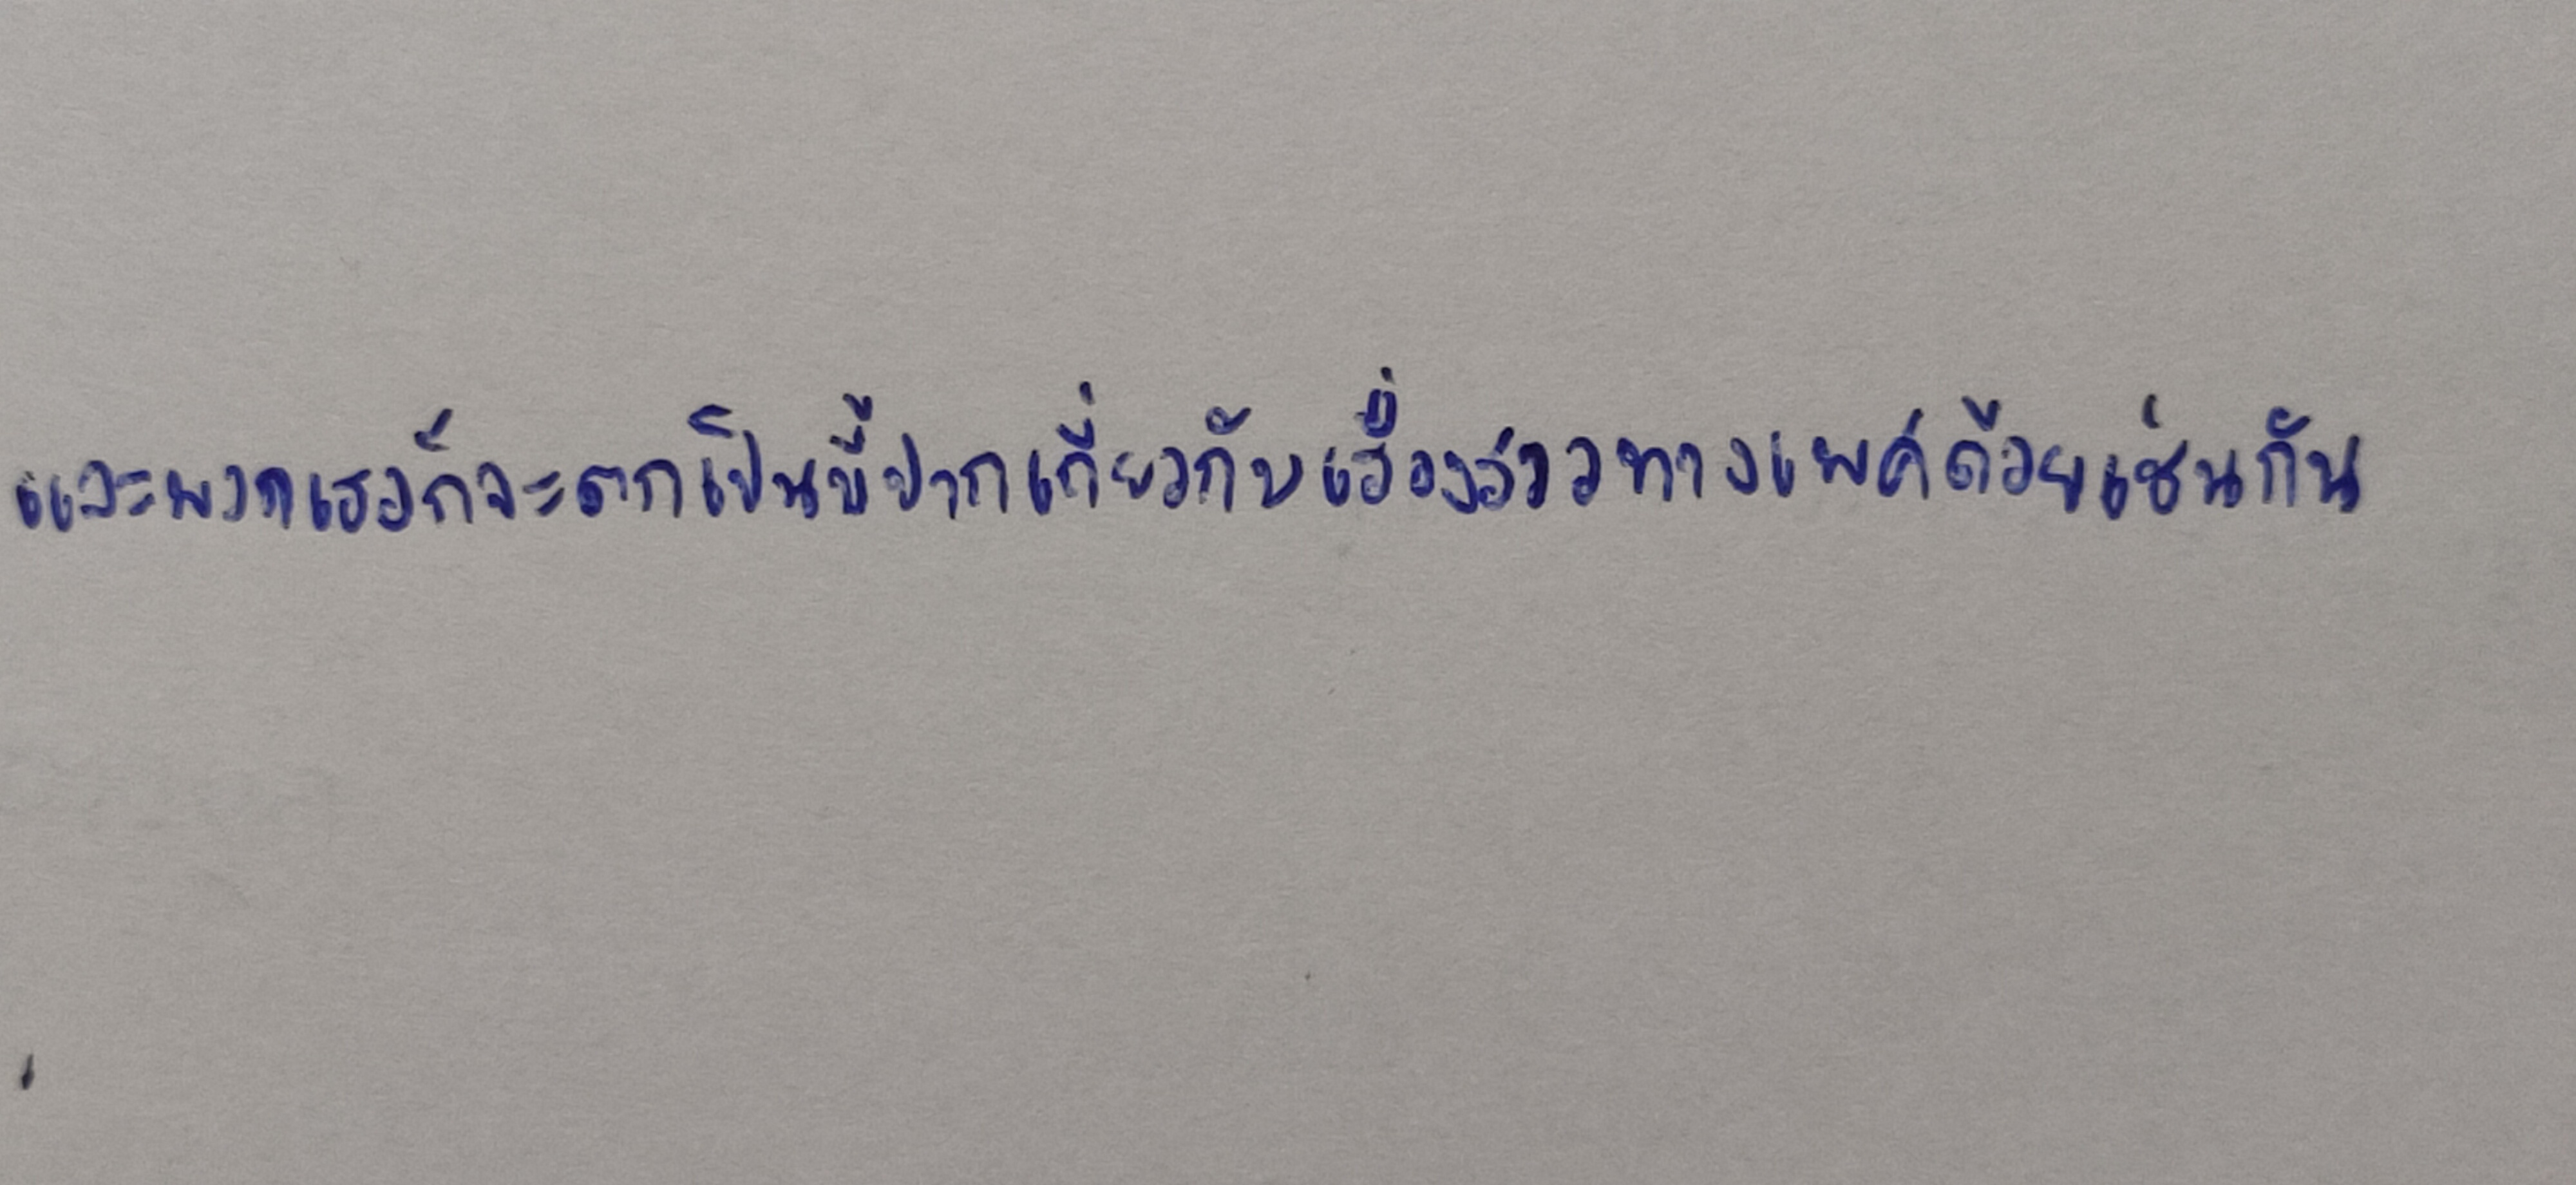
และพวกเธอก็จะตกเป็นขี้ปากเกี่ยวกับเรื่องราวทางเพศด้วยเช่นกัน